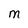
Character: M